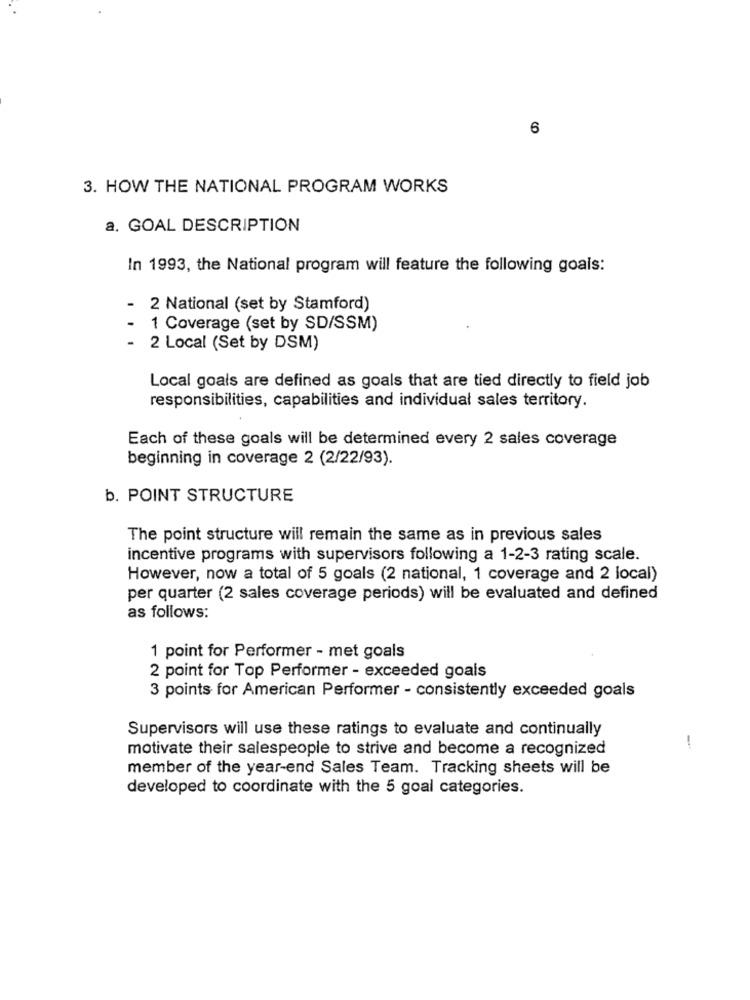
6
3. HOW THE NATIONAL PROGRAM WORKS
a. GOAL DESCRIPTION
In 1993, the National program will feature the following goals:
- 2 National (set by Stamford)
1 Coverage (set by SD/SSM)
2 Local (Set by DSM)
Local goals are defined as goals that are tied directly to field job
responsibilities, capabilities and individual sales territory.
Each of these goals will be determined every 2 sales coverage
beginning in coverage 2 (2/22/93).
b. POINT STRUCTURE
The point structure will remain the same as in previous sales
incentive programs with supervisors following a 1-2-3 rating scale.
However, now a total of 5 goals (2 national, 1 coverage and 2 local)
per quarter (2 sales coverage periods) will be evaluated and defined
as follows:
1 point for Performer - met goals
2 point for Top Performer - exceeded goals
3 points for American Performer - consistently exceeded goals
Supervisors will use these ratings to evaluate and continually
motivate their salespeople to strive and become a recognized
-
member of the year-end Sales Team. Tracking sheets will be
developed to coordinate with the 5 goal categories.